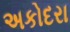
અકોદરા